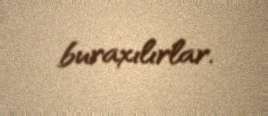
buraxılırlar.